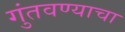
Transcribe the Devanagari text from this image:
गुंतवण्याचा